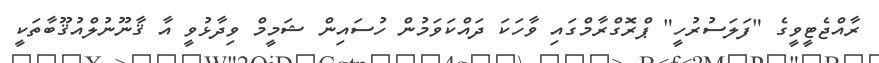
ރާއްޖެޓީވީގެ "ފަލަސުރުހީ" ޕްރޮގްރާމްގައި ވާހަކަ ދައްކަވަމުން ހުސައިން ޝަމީމް ވިދާޅުވީ އާ ޤާނޫނުލްއުޤޫބާތަކީ